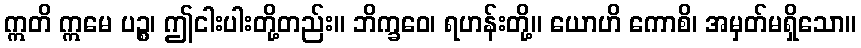
ဣတိ ဣမေ ပဉ္စ၊ ဤငါးပါးတို့တည်း။ ဘိက္ခဝေ၊ ရဟန်းတို့။ ယောဟိ ကောစိ၊ အမှတ်မရှိသော။